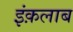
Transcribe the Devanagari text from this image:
इंक़लाब